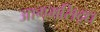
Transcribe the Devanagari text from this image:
आगमसिद्ध